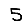
Digit: 5